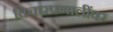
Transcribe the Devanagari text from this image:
विचारप्रणालींवर